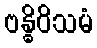
ဗန္ဓိဝိသမံ